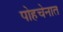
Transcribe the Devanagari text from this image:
पोहचेनात